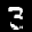
Label: 3